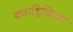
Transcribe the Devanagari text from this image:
क्वाड्रिवियम